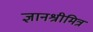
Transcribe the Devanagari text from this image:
ज्ञानश्रीमित्र